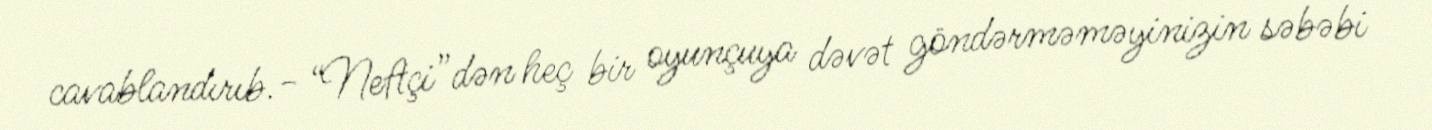
cavablandırıb.- “Neftçi”dən heç bir oyunçuya dəvət göndərməməyinizin səbəbi